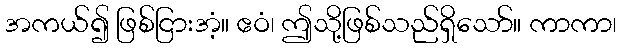
အကယ်၍ ဖြစ်ငြားအံ့။ ဧဝံ၊ ဤသို့ဖြစ်သည်ရှိသော်။ ကာကာ၊